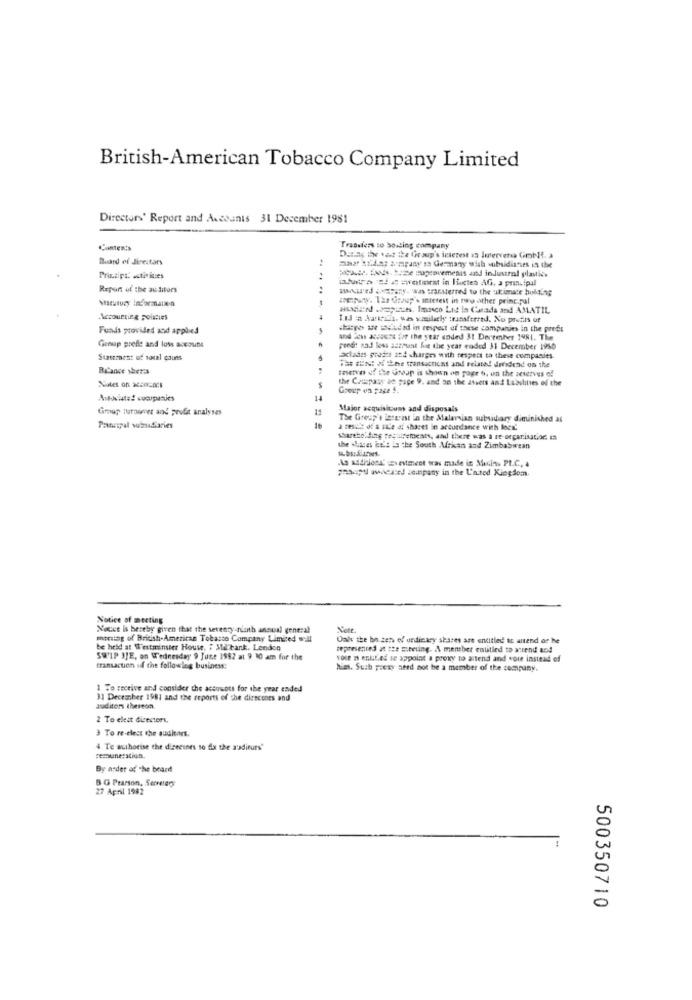
British-American Tobacco Company Limited
Directory' Report and Accounts 31 December 1981
Contents
Transfers so bowting company
Board of directors
maar siding aempany sa Germany wish wibsidianses in the
Datas the vat ike ficoup's interest 13 Intervero GotH. 3
Printips: activites
ladutra 24 2 swotinest in liuctes AG, a principal
Report of the au ditors
www'ed exarany. was transferred to the ultimate holding
apany. 1an tienup's interest in two other principal
assadiated sepuzuzes. Imoco Lidt la Canada and AMATIL
Accounting poislies
Ius a lavit, was ymilily transferred. No profits uf
Funds provided and applied
shire we waludid in respect of these companies in the prefs
and ichs az ior the year ended 31 December 1981. The
Group prefle and loss account
profit and loss account hie the year ended 31 December 1950
Statement of socal counts
actades grades and charges with respect to these companies.
Balance shers
TER RENI MILee transactions and related dividend on the
tasetver of the uneap is shown on page ho, un the zetetves of
the Couspasy an page 9. and on the assets and Labslines of the
Notes on acce-as
Greep on page 5.
Associate! companies
14
Grup turiner and profit analyses
15
Major acquisitoums and disposals
The Gresp's interest in the Malaysian subsidiary diminished as
Principal suisdiaries
a result of & Elle af shares in accordance with lock.
shareholding testupeloents, and there was a re organisation za
the whites ko's la the South Mrkan and Zimbabwean
.Ao addhlost' Evestment was made in Medias PL.C, 4
pasapu avere! souspany in the United Kingdom.
Notice of meeting
Nouet is beseby given that the seventy-niuth annual general
Note
moruing of British-American Tobacco Company Limited will
Oale the bo zen ef undickry shares are entitled to attend os he
be held at Westminster House, : Mil bank. Lendon
sepresented at the Steering. \ member entitled to attend and
SWIP 3JE, on Wednesday 9 June 1982 at 9 10 am for the
voce n enit.ed to appoint a proxy to aitend and vore instead of
transaction of the following business:
him. Such prezy need not be a member of the company.
1 To receive and consider the accounts for the year ended
31 Decranber 1981 and the reports of the dirscones and
auditors thereon.
2 To elest directors,
3 To re-elect the auditors.
4 Te authorise che diseeines so fix the a'sdieurs"
remuneration.
By ander of the beard
8 G Pearson, Secretary
27 April 1982
500350710